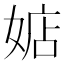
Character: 𪦃